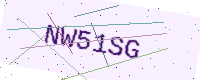
Text: NW51SG